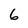
Character: 6